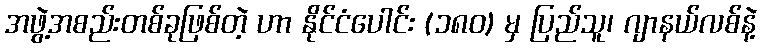
အဖွဲ့အစည်းတစ်ခုဖြစ်တဲ့ ဟာ နိုင်ငံပေါင်း (၁၈ဝ) မှ ပြည်သူ၊ ဂျာနယ်လစ်နဲ့